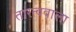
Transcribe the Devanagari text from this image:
तारत्ववाला